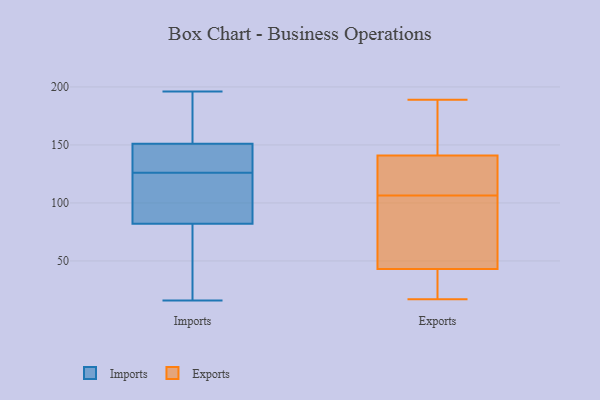
{"axis": {"x": "Latency (ms)", "y": "Value"}, "legend": ["Exports", "Imports"], "data": [{"x": "", "y": 125, "type": "Imports"}, {"x": "", "y": 142, "type": "Imports"}, {"x": "", "y": 163, "type": "Imports"}, {"x": "", "y": 36, "type": "Imports"}, {"x": "", "y": 127, "type": "Imports"}, {"x": "", "y": 135, "type": "Imports"}, {"x": "", "y": 186, "type": "Imports"}, {"x": "", "y": 82, "type": "Imports"}, {"x": "", "y": 108, "type": "Imports"}, {"x": "", "y": 114, "type": "Imports"}, {"x": "", "y": 37, "type": "Imports"}, {"x": "", "y": 16, "type": "Imports"}, {"x": "", "y": 151, "type": "Imports"}, {"x": "", "y": 196, "type": "Imports"}, {"x": "", "y": 135, "type": "Exports"}, {"x": "", "y": 42, "type": "Exports"}, {"x": "", "y": 120, "type": "Exports"}, {"x": "", "y": 17, "type": "Exports"}, {"x": "", "y": 125, "type": "Exports"}, {"x": "", "y": 19, "type": "Exports"}, {"x": "", "y": 78, "type": "Exports"}, {"x": "", "y": 189, "type": "Exports"}, {"x": "", "y": 93, "type": "Exports"}, {"x": "", "y": 83, "type": "Exports"}, {"x": "", "y": 69, "type": "Exports"}, {"x": "", "y": 128, "type": "Exports"}, {"x": "", "y": 43, "type": "Exports"}, {"x": "", "y": 141, "type": "Exports"}, {"x": "", "y": 155, "type": "Exports"}, {"x": "", "y": 146, "type": "Exports"}, {"x": "", "y": 22, "type": "Exports"}, {"x": "", "y": 155, "type": "Exports"}]}